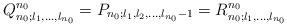
LaTeX: \begin{align*}Q^{n_0}_{n_0;l_1,\ldots,l_{n_0}}=P_{n_0;l_1,l_2,\ldots,l_{n_0}-1}=R^{n_0}_{n_0;l_1,\ldots,l_{n_0}}\end{align*}